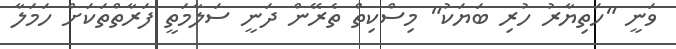
ވަނީ "ހަތިޔާރު ހުރި ބަޔަކު" މިސްކިތް ތެރޭން ދަނީ ސަލާމަތީ ފަރާތްތަކަށް ހަމަލާ